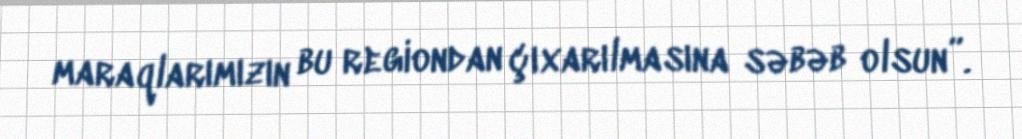
maraqlarımızın bu regiondan çıxarılmasına səbəb olsun”.